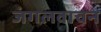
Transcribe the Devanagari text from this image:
जंगलवाचन